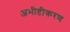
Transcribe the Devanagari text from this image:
अभीष्टीकरण